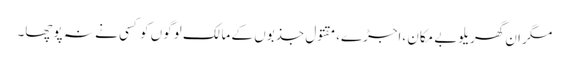
مگر ان گھریلوبے مکان ،اجڑے،مقتول جذبوں کے مالک لوگوں کو کسی نے نہ پوچھا۔